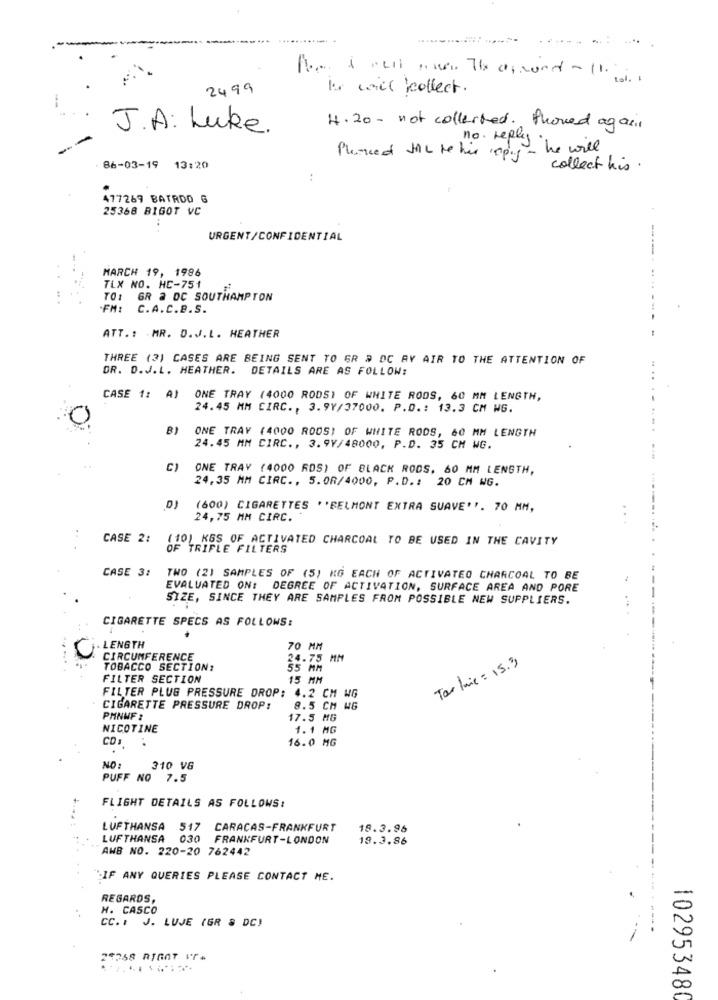
2499
Is will collect.
J.A: Luke.
4.20 - not collerted. Phoned again
no reply
pay he will
Planced IL re his copy -
86-03-19 13:20
collect his.
:
477269 BATRDO G
25368 BIGOT VC
..
URGENT/CONFIDENTIAL
MARCH 19, 1986
----..
TLX NO. HC-751
TO: GR 2 DC SOUTHAMPTON
.FMI
C. A. C. B. S.
ATT .: MR. O.J.L. HEATHER
THREE (3) CASES ARE BEING SENT TO ER # DC AY AIR TO THE ATTENTION OF
DR. D.J.L. HEATHER. DETAILS ARE AS FOLLOW:
CASE 1: A)
ONE TRAY (4000 RODS) OF WHITE RODS, 60 MM LENGTH,
24.45 MM CIRC ., 3.9Y/37000. P.D .: 13.3 CM WG.
B)
ONE TRAY (4000 RODS) OF WHITE RODS, 60 MM LENGTH
24.45 MM CIRC ., 3.9V/48000, P.D. 35 CM WG.
C)
ONE TRAY (4000 RDS) OF BLACK RODS, 60 MM LENGTH,
24,35 MM CIRC ., 5.08/4000, P.D .: 20 CM WG.
DJ (600) CIGARETTES ''BELMONT EXTRA SUAVE''. 70 MM,
24,75 MM CIRC.
CASE 2:
(10) KGS OF ACTIVATED CHARCOAL TO BE USED IN THE CAVITY
OF TRIFLE FILTERS
CASE 3:
TWO (2) SAMPLES OF (5) KG EACH OF ACTIVATED CHARCOAL TO BE
EVALUATED ON: DEGREE OF ACTIVATION, SURFACE AREA AND PORE
SIZE, SINCE THEY ARE SAMPLES FROM POSSIBLE NEW SUPPLIERS.
CIGARETTE SPECS AS FOLLOWS:
. LENGTH
70 MM
CIRCUMFERENCE
24.75 MM
Tor laie = 15.3
TOBACCO SECTION:
55 MM
FILTER SECTION
15 MM
FILTER PLUS PRESSURE DROP: 4.2 CM WG
CIGARETTE PRESSURE DROP:
8.5 CM WG
PMNNF :
17.5 MG
NICOTINE
1.1 MG
16.0 MG
CO .. .
NO :
310 VG
PUFF NO 7.5
FLIGHT DETAILS AS FOLLOWS:
LUFTHANSA 517
CARACAS-FRANKFURT
18.3.96
LUFTHANSA 030
FRANKFURT-LONDON
19.3.86
AWB NO. 220-20 762442
"IF ANY QUERIES PLEASE CONTACT ME.
REGARDS,
H. CASCO
CC. : J. LUJE (GR & DC)
24358 RIGAT IT.
102953480